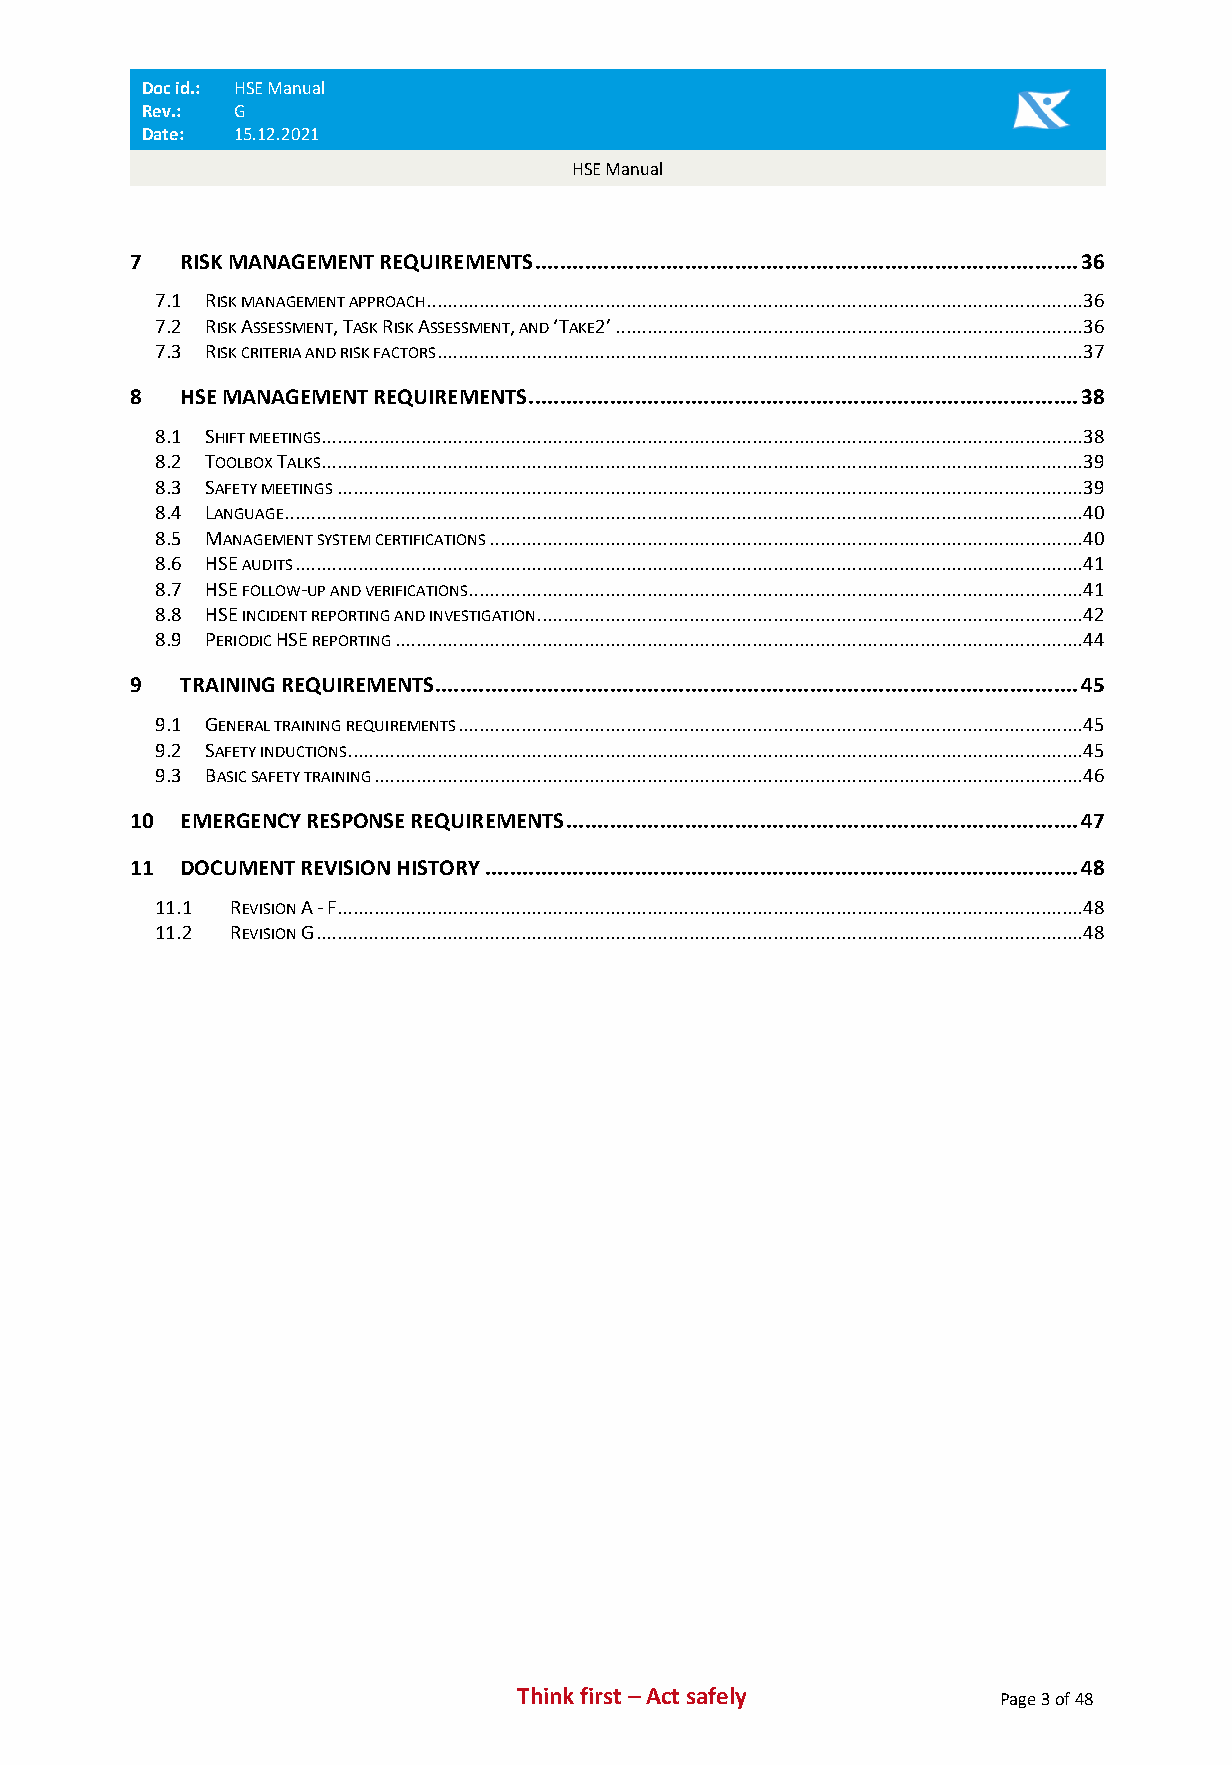
Doc id.: HSE Manual
 Rev.: G
 Date: 15.12.2021
 HSE Manual
 7   RISK MANAGEMENT REQUIREMENTS ....................................................................................... 36
 7.1 RISK MANAGEMENT APPROACH ............................................................................................................................. 36
 7.2 RISK ASSESSMENT, TASK RISK ASSESSMENT, AND ‘TAKE2’ ......................................................................................... 36
 7.3 RISK CRITERIA AND RISK FACTORS ........................................................................................................................... 37
 8   HSE MANAGEMENT REQUIREMENTS ........................................................................................ 38
 8.1 SHIFT MEETINGS................................................................................................................................................. 38
 8.2 TOOLBOX TALKS ................................................................................................................................................. 39
 8.3 SAFETY MEETINGS .............................................................................................................................................. 39
 8.4 LANGUAGE........................................................................................................................................................ 40
 8.5 MANAGEMENT SYSTEM CERTIFICATIONS ................................................................................................................. 40
 8.6 HSE AUDITS ...................................................................................................................................................... 41
 8.7 HSE FOLLOW-UP AND VERIFICATIONS ..................................................................................................................... 41
 8.8 HSE INCIDENT REPORTING AND INVESTIGATION ........................................................................................................ 42
 8.9 PERIODIC HSE REPORTING ................................................................................................................................... 44
 9   TRAINING REQUIREMENTS ....................................................................................................... 45
 9.1 GENERAL TRAINING REQUIREMENTS ....................................................................................................................... 45
 9.2 SAFETY INDUCTIONS ............................................................................................................................................ 45
 9.3 BASIC SAFETY TRAINING ....................................................................................................................................... 46
 10  EMERGENCY RESPONSE REQUIREMENTS .................................................................................. 47
 11  DOCUMENT REVISION HISTORY ............................................................................................... 48
 11.1 REVISION A - F .............................................................................................................................................. 48
 11.2 REVISION G .................................................................................................................................................. 48
 Think first – Act safely        Page 3 of 48